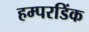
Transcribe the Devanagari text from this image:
हम्परडिंक